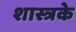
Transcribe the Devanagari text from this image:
शास्त्रके